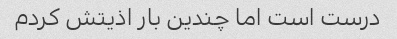
درست است اما چندین بار اذیتش کردم